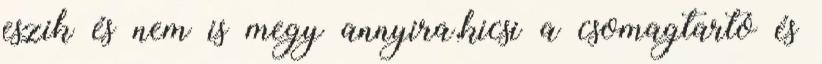
eszik és nem is megy annyira,kicsi a csomagtartó és